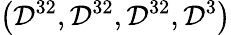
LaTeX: \left(\mathcal{D}^{32},\mathcal{D}^{32},\mathcal{D}^{32},\mathcal{D}^{3}\right)